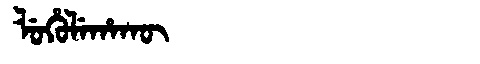
Manchu: ᠯᡠᡥᡠᠯᡝᡥᠠᡴᡡ
Romanization: LUHULEHAKŪ